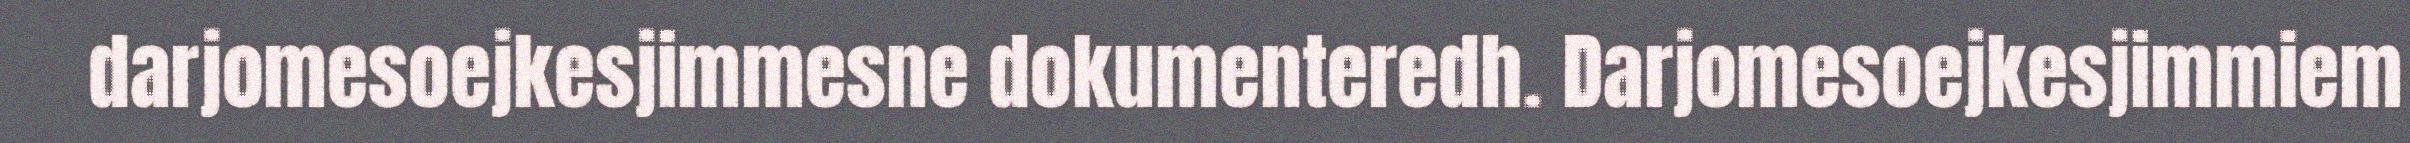
darjomesoejkesjimmesne dokumenteredh. Darjomesoejkesjimmiem